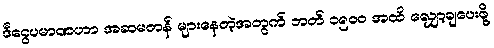
ဒီငွေပမာဏဟာ အဆမတန် များနေတဲ့အတွက် ဘတ် ၁၅၀၀ အထိ လျှော့ချပေးဖို့